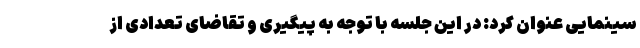
سینمایی عنوان کرد: در این جلسه با توجه به پیگیری و تقاضای تعدادی از